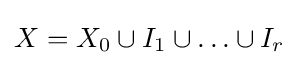
X=X_{0}\cup I_{1}\cup \ldots \cup I_{r}